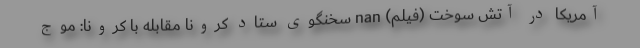
آمریکا در آتش سوخت (فیلم) nan سخنگوی ستاد کرونا مقابله با کرونا: موج